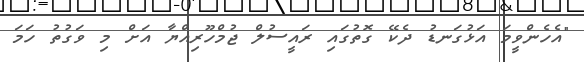
"އެހެންވީމަ އަޅުގަނޑު ދެކޭ ގޮތުގައި ރައީސުލް ޖުމްހޫރިއްޔާ އަށް މި ވަގުތު ހަމަ